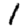
Digit: 1